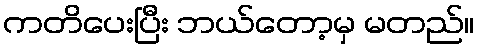
ကတိပေးပြီး ဘယ်တော့မှ မတည်။